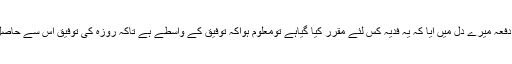
ایک دفعہ میرے دل میں آیا کہ یہ فدیہ کس لئے مقرر کیا گیاہے تومعلوم ہواکہ توفیق کے واسطے ہے تاکہ روزہ کی توفیق اس سے حاصل ہو۔